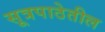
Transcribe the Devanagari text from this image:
सूत्रपाठेतील